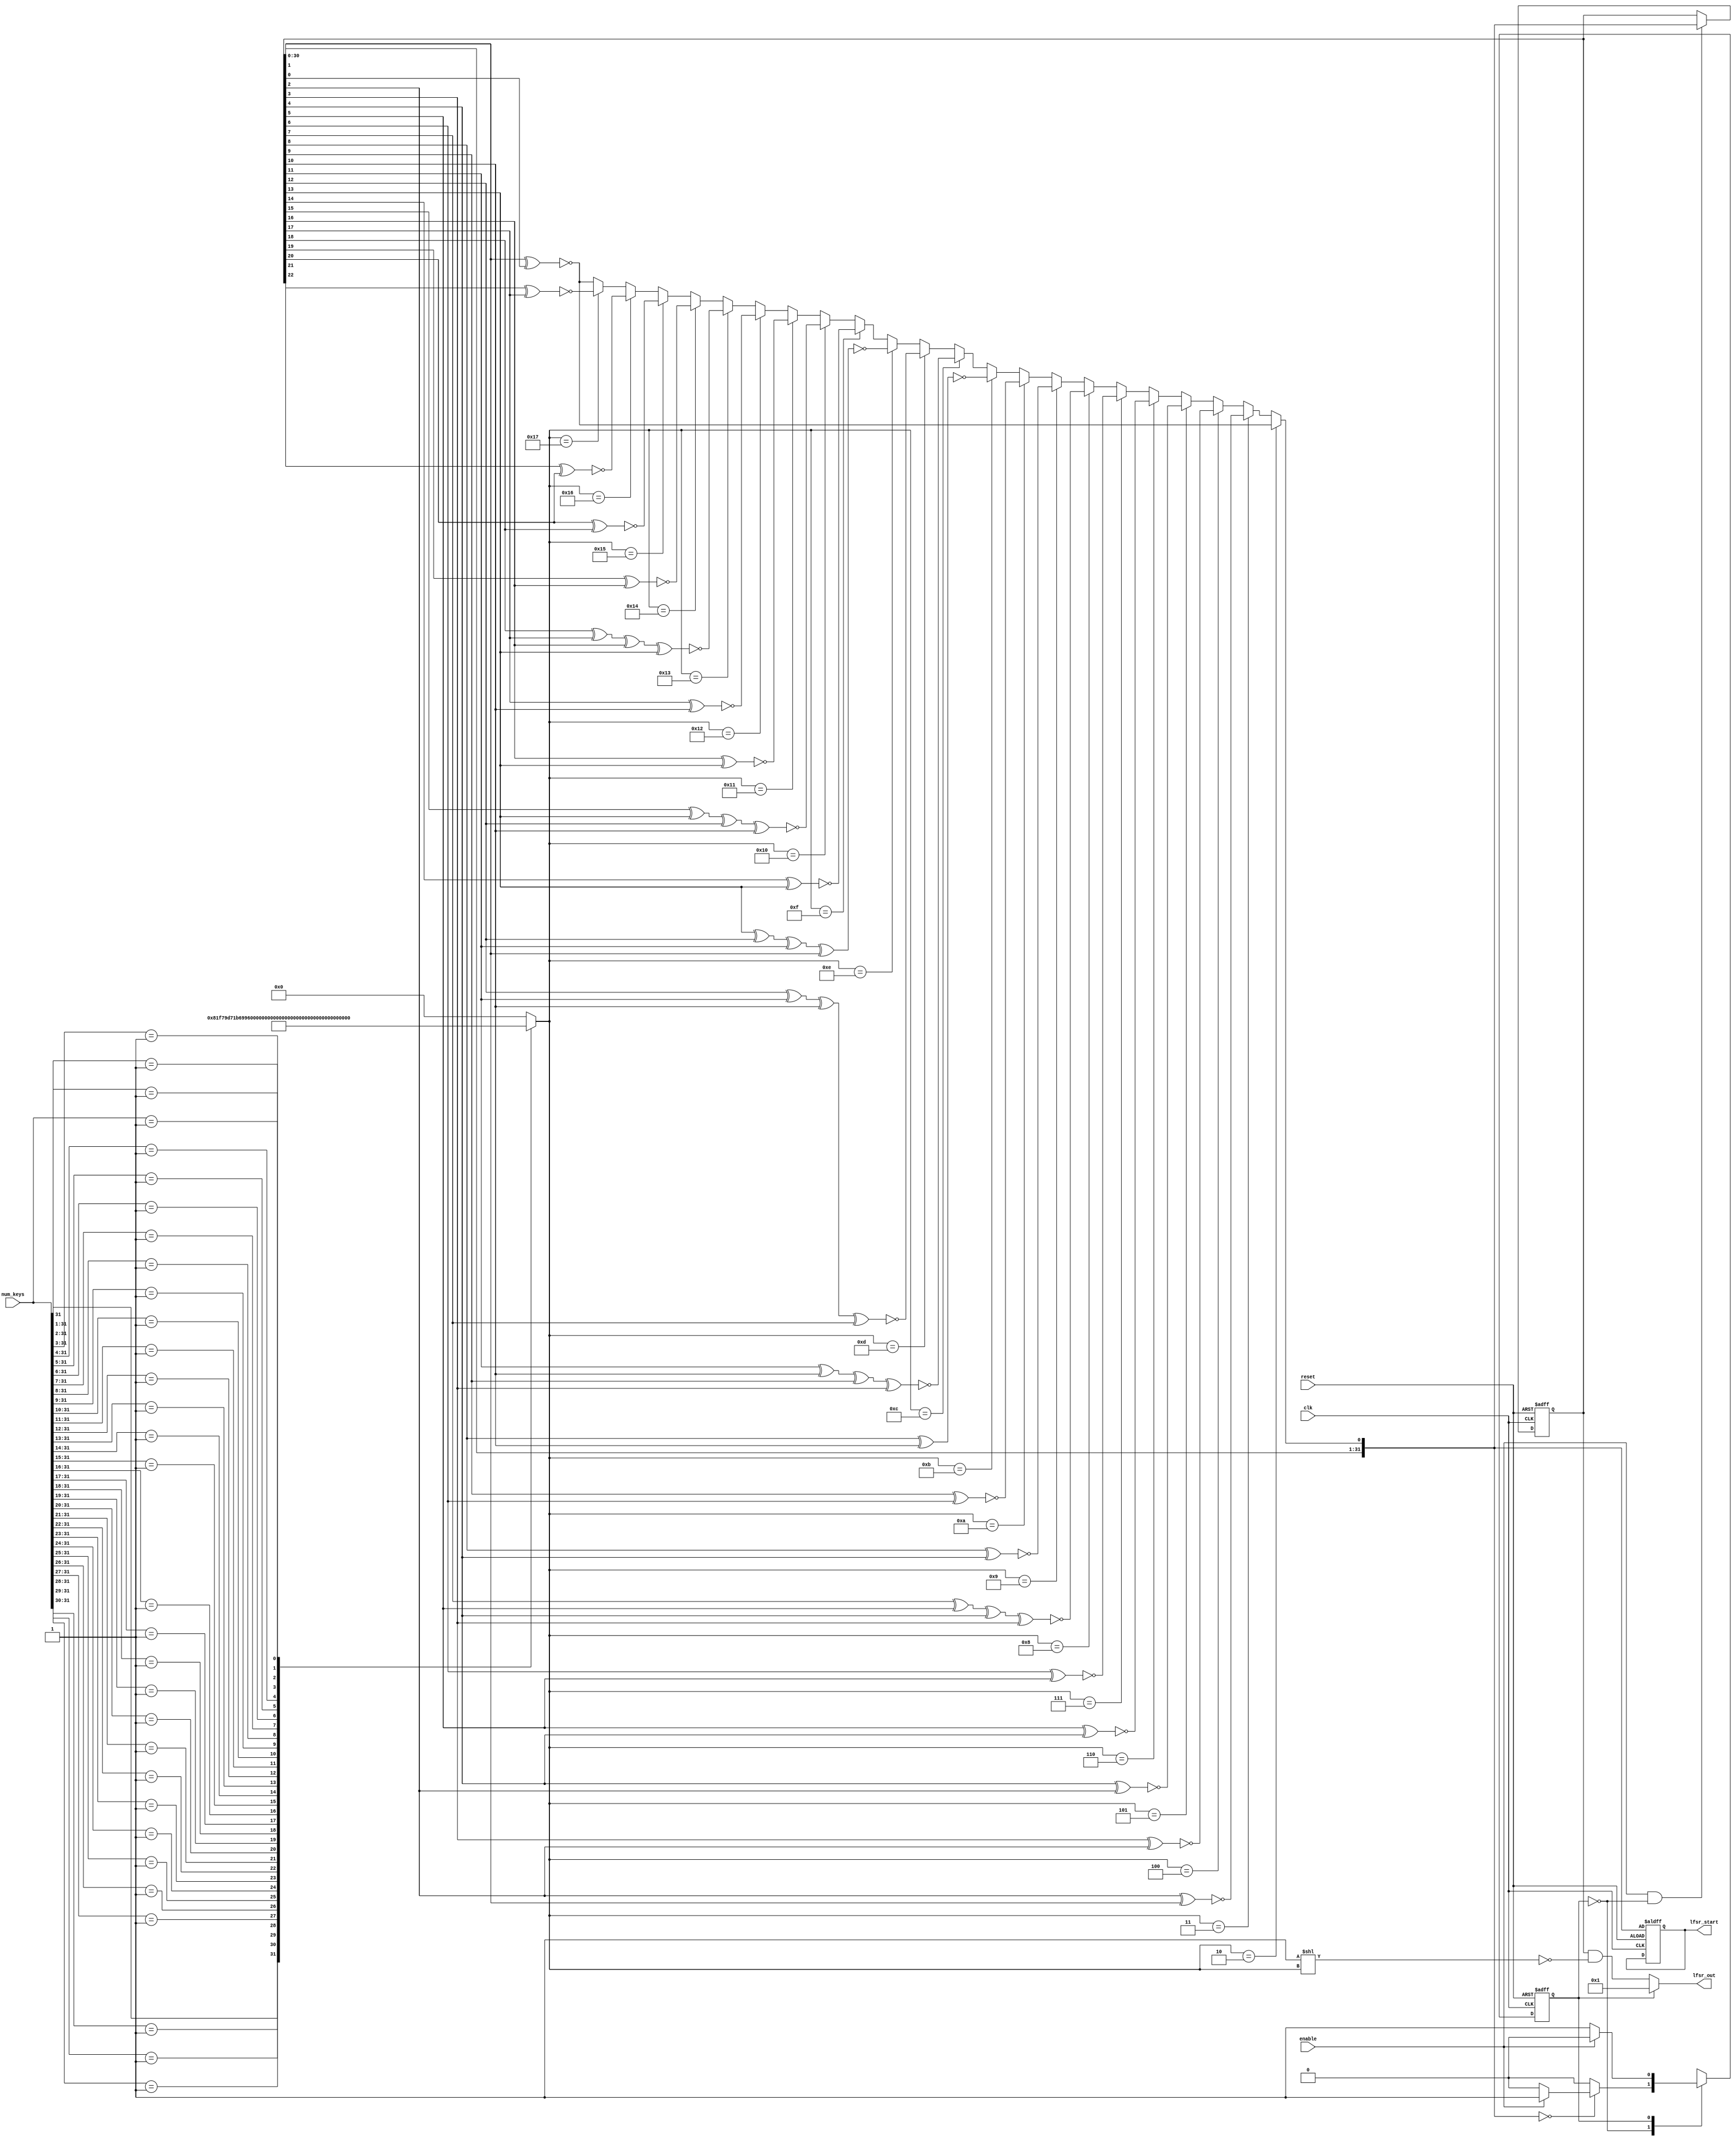

///////Courtsey: design from asic-world.com////////////
//-----------------------------------------------------
// Design Name : lfsr
// Function    : Linear feedback shift register
// Coder       : Deepak Kumar Tala
// Modified by : Deepak Unnikrishnan, UMass Amherst
//-----------------------------------------------------
module lfsr #(
	parameter ADDR_WIDTH=8,
	parameter MAX_ADDR_VAL=256
) (
   num_keys,
   lfsr_out, 
   lfsr_start,
   enable, 
   clk,   
   reset 
);

//----------Output Ports--------------
//output wire [ADDR_WIDTH-1:0] lfsr_out;
output wire [31:0] lfsr_out;
//output reg [ADDR_WIDTH-1:0] lfsr_start; 
output reg [31:0] lfsr_start; 
//wire [ADDR_WIDTH-1:0] lfsr_start_next;
wire [31:0] lfsr_start_next;
//------------Input Ports--------------
input [31:0] num_keys;
input enable, clk, reset;
//------------Internal Variables--------
//reg [ADDR_WIDTH-1:0] out;
reg [31:0] out;
wire        linear_feedback;
//wire [ADDR_WIDTH-1:0] out_shifted;
wire [31:0] out_shifted;

reg state, state_next;
reg [5:0] select;
wire [31:0] mask;
localparam NORMAL=0;
localparam PAUSE=1;
//assign lfsr_out = (state==NORMAL)?out:{ADDR_WIDTH{1'b1}};
assign lfsr_out = (state==NORMAL)?(out&mask):32'b1;
assign lfsr_start_next = lfsr_start;
assign mask = ~(~0<<select);
//-------------Code Starts Here-------
//---Define Linear Feedback polynomial here
	/*
	assign linear_feedback = 
	(ADDR_WIDTH==2) ? !(out[1] ^ out[0]): //1+x+x2
	(ADDR_WIDTH==3) ? !(out[2] ^ out[1]): //1+x2+x3
	(ADDR_WIDTH==4) ? !(out[3] ^ out[2]): //1+x3+x4
	(ADDR_WIDTH==5) ? !(out[4] ^ out[2]): //1+x3+x5
	(ADDR_WIDTH==6) ? !(out[5] ^ out[4]): //1+x5+x6
	(ADDR_WIDTH==7) ? !(out[6] ^ out[5]): //1+x6+x7
	(ADDR_WIDTH==8) ? !(out[7] ^ out[5] ^ out[4] ^ out[3]): //1+x4+x5+x6+x8
	(ADDR_WIDTH==9) ? !(out[8] ^ out[4]): //1+x5+x9
	(ADDR_WIDTH==10) ? !(out[9] ^ out[6]): //1+x7+x10
	(ADDR_WIDTH==11) ? !(out[8] ^ out[10]): //1+x9+x11
	(ADDR_WIDTH==12) ? !(out[11] ^ out[10] ^ out[9] ^ out[3]): //x12+x11+x10+x4+1
	(ADDR_WIDTH==13) ? !(out[12] ^ out[11] ^ out[10] ^ out[7]): //x13+x12+x11+x8+1
	(ADDR_WIDTH==14) ? !(out[13] ^ out[12] ^ out[11] ^ out[1]): //x14+x13+x12+x2+1
	(ADDR_WIDTH==15) ? !(out[14] ^ out[13]): //x15+x14+1
	(ADDR_WIDTH==16) ? !(out[15] ^ out[13] ^ out[12] ^ out[10]): //x16+x14+x13+x11+1
	(ADDR_WIDTH==17) ? !(out[16] ^ out[13]): //x17+x14+1
	(ADDR_WIDTH==18) ? !(out[17] ^ out[10]): //x18+x11+1
	(ADDR_WIDTH==19) ? !(out[18] ^ out[17] ^ out[16] ^ out[13]): //x19+x18+x17+x14+1
	(ADDR_WIDTH==20) ? !(out[19] ^ out[16]): //x20+x17+1
	!(out[0] ^ out[1]);
	*/


	assign linear_feedback = 
	(select==2) ? !(out[1] ^ out[0]): //1+x+x2
	(select==3) ? !(out[2] ^ out[1]): //1+x2+x3
	(select==4) ? !(out[3] ^ out[2]): //1+x3+x4
	(select==5) ? !(out[4] ^ out[2]): //1+x3+x5
	(select==6) ? !(out[5] ^ out[4]): //1+x5+x6
	(select==7) ? !(out[6] ^ out[5]): //1+x6+x7
	(select==8) ? !(out[7] ^ out[5] ^ out[4] ^ out[3]): //1+x4+x5+x6+x8
	(select==9) ? !(out[8] ^ out[4]): //1+x5+x9
	(select==10) ? !(out[9] ^ out[6]): //1+x7+x10
	(select==11) ? !(out[8] ^ out[10]): //1+x9+x11
	(select==12) ? !(out[11] ^ out[10] ^ out[9] ^ out[3]): //x12+x11+x10+x4+1
	(select==13) ? !(out[12] ^ out[11] ^ out[10] ^ out[7]): //x13+x12+x11+x8+1
	(select==14) ? !(out[13] ^ out[12] ^ out[11] ^ out[1]): //x14+x13+x12+x2+1
	(select==15) ? !(out[14] ^ out[13]): //x15+x14+1
	(select==16) ? !(out[15] ^ out[13] ^ out[12] ^ out[10]): //x16+x14+x13+x11+1
	(select==17) ? !(out[16] ^ out[13]): //x17+x14+1
	(select==18) ? !(out[17] ^ out[10]): //x18+x11+1
	(select==19) ? !(out[18] ^ out[17] ^ out[16] ^ out[13]): //x19+x18+x17+x14+1
	(select==20) ? !(out[19] ^ out[16]): //x20+x17+1
	(select==21) ? !(out[20] ^ out[18]): //x21+x19
	(select==22) ? !(out[21] ^ out[20]): //x22+x21
	(select==23) ? !(out[22] ^ out[17]): //x23+x18
	!(out[0] ^ out[1]);


//use a priority encoder to choose the LFSR feedback selection
always@(*)
begin
	casex(num_keys)
		32'b1xxxxxxxxxxxxxxxxxxxxxxxxxxxxxxx: select = 32;
		32'b01xxxxxxxxxxxxxxxxxxxxxxxxxxxxxx: select = 31;
		32'b001xxxxxxxxxxxxxxxxxxxxxxxxxxxxx: select = 30;
		32'b0001xxxxxxxxxxxxxxxxxxxxxxxxxxxx: select = 29;
		32'b00001xxxxxxxxxxxxxxxxxxxxxxxxxxx: select = 28;
		32'b000001xxxxxxxxxxxxxxxxxxxxxxxxxx: select = 27;
		32'b0000001xxxxxxxxxxxxxxxxxxxxxxxxx: select = 26;
		32'b00000001xxxxxxxxxxxxxxxxxxxxxxxx: select = 25;
		32'b000000001xxxxxxxxxxxxxxxxxxxxxxx: select = 24;
		32'b0000000001xxxxxxxxxxxxxxxxxxxxxx: select = 23;
		32'b00000000001xxxxxxxxxxxxxxxxxxxxx: select = 22;
		32'b000000000001xxxxxxxxxxxxxxxxxxxx: select = 21;
		32'b0000000000001xxxxxxxxxxxxxxxxxxx: select = 20;
		32'b00000000000001xxxxxxxxxxxxxxxxxx: select = 19;
		32'b000000000000001xxxxxxxxxxxxxxxxx: select = 18;
		32'b0000000000000001xxxxxxxxxxxxxxxx: select = 17;
		32'b00000000000000001xxxxxxxxxxxxxxx: select = 16;
		32'b000000000000000001xxxxxxxxxxxxxx: select = 15;
		32'b0000000000000000001xxxxxxxxxxxxx: select = 14;
		32'b00000000000000000001xxxxxxxxxxxx: select = 13;
		32'b000000000000000000001xxxxxxxxxxx: select = 12;
		32'b0000000000000000000001xxxxxxxxxx: select = 11;
		32'b00000000000000000000001xxxxxxxxx: select = 10;
		32'b000000000000000000000001xxxxxxxx: select = 9;
		32'b0000000000000000000000001xxxxxxx: select = 8;
		32'b00000000000000000000000001xxxxxx: select = 7;
		32'b000000000000000000000000001xxxxx: select = 6;
		32'b0000000000000000000000000001xxxx: select = 5;
		32'b00000000000000000000000000001xxx: select = 4;
		32'b000000000000000000000000000001xx: select = 3;
		32'b0000000000000000000000000000001x: select = 2;
		32'b00000000000000000000000000000001: select = 1;
		default: select = 0;
	endcase
end


//(ADDR_WIDTH==2) ? !(out[7] ^ out[3]):
genvar i;
generate
for(i=0;i<32;i=i+1) begin: lfeedback
	if(i==0)
		assign out_shifted[i] = linear_feedback;  
	else
		assign out_shifted[i] = out[i-1];  
end
endgenerate


always @(posedge clk or posedge reset)
if (reset) begin // active high reset
  out <= 0 ;
end else if (enable && state==NORMAL) begin
  out <= out_shifted;
end 

always@(*) begin
	state_next = state;
	case(state) 
		NORMAL: begin 
			if(out_shifted==0)
				state_next = (enable)?PAUSE:NORMAL;
		end
	
		PAUSE: begin
			state_next = (enable)?NORMAL:PAUSE;	
		end
		
		default: state_next = NORMAL;
	endcase
end

always@(posedge clk or posedge reset) begin
if(reset)
	//lfsr_start <= out_shifted[ADDR_WIDTH-1:0]; //Capture the start value of the LFSR registe
	lfsr_start <= out_shifted; //Capture the start value of the LFSR registe
else
	lfsr_start <= lfsr_start_next;	
end

always@(posedge clk or posedge reset) begin
if(reset)
	state <= NORMAL;
else
	state <= state_next;

end
endmodule // End Of Module counter